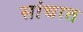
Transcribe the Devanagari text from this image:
सांचात